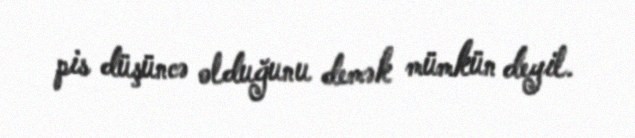
pis düşüncə olduğunu demək mümkün deyil.